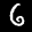
Label: 6